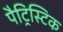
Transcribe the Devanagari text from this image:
पैट्रिस्टिक